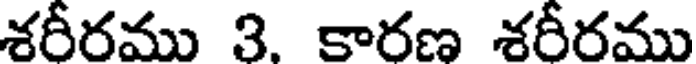
శరీరము 3. కారణ శరీరము